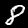
Digit: 8